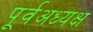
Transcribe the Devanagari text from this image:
पूर्वअध्यक्ष